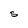
Character: S